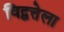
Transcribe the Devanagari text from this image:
विद्वत्तेला